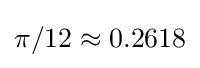
\pi /12\approx 0.2618